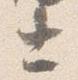
士